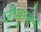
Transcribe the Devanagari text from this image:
जीमुन्डेन